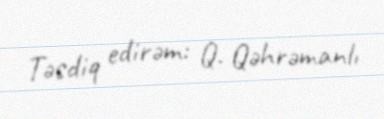
Təsdiq edirəm: Q. Qəhrəmanlı